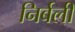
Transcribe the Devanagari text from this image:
निर्बली